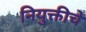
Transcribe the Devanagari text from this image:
नियुक्तीचे